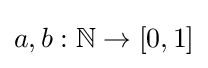
a,b:\mathbb {N} \to [0,1]